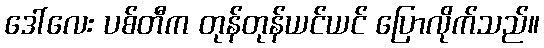
ဒေါ်လေး ပစ်တီက တုန်တုန်ယင်ယင် ပြောလိုက်သည်။